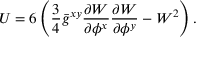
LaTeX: U = 6 \left( \frac { 3 } { 4 } \bar { g } ^ { x y } \frac { \partial { W } } { \partial { \phi ^ { x } } } \frac { \partial { W } } { \partial { \phi ^ { y } } } - W ^ { 2 } \right) .